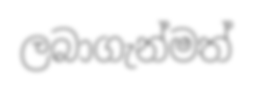
ලබාගැන්මත්